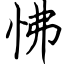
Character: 怫